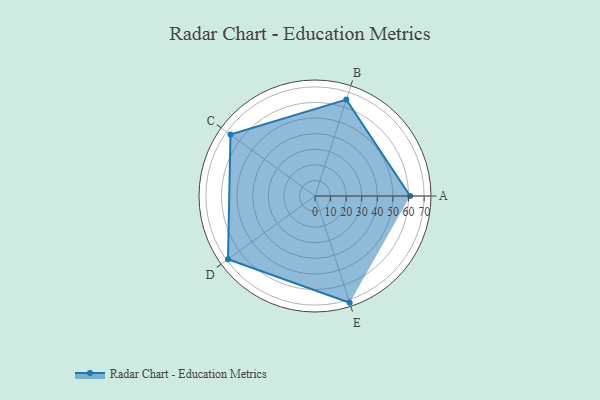
{"axis": {"x": "Skill", "y": "Score"}, "legend": ["Profile"], "data": [{"x": "A", "y": 61.0, "type": "Profile"}, {"x": "B", "y": 65.0, "type": "Profile"}, {"x": "C", "y": 67.0, "type": "Profile"}, {"x": "D", "y": 69.0, "type": "Profile"}, {"x": "E", "y": 72.0, "type": "Profile"}]}